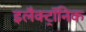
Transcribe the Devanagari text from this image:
इलैक्‍ट्रॉनिक